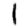
Digit: 1